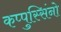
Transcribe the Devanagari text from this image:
कप्पुस्सिंनो